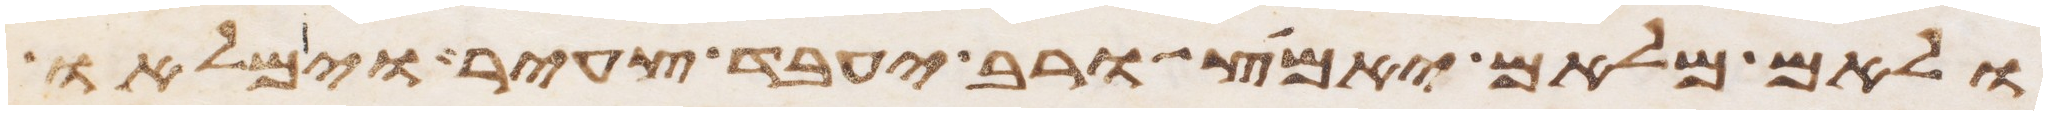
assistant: ולאם מלאם יאמץ ורב יעבד צעיר וימלאו